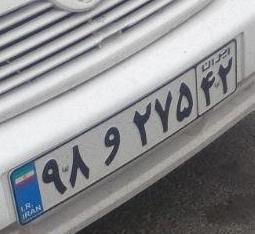
۹۸و۲۷۵۴۲